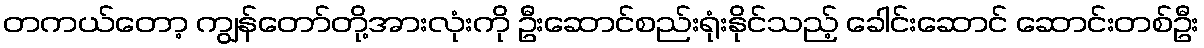
တကယ်တော့ ကျွန်တော်တို့အားလုံးကို ဦးဆောင်စည်းရုံးနိုင်သည့် ခေါင်းဆောင် ဆောင်းတစ်ဦး